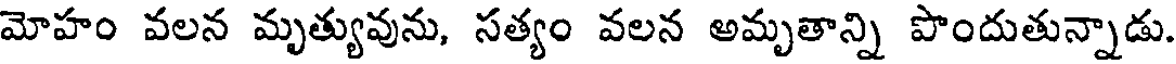
మోహం వలన మృత్యువును, సత్యం వలన అమృతాన్ని పొందుతున్నాడు.